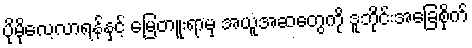
ပိုမိုလေ့လာရန်နှင့် မြေတူးရာမှ အယူအဆတွေကို ဒူဘိုင်းအခြေစိုက်